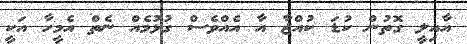
އާއިލީ ގޮތުން ކުޑަ ކުއްޖާ އާ އެއްވެސް ގުޅުމެއް ނެތް އެމީހާ އަކީ